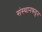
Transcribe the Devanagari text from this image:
संस्थानकडून